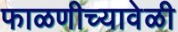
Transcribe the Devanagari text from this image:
फाळणीच्यावेळी